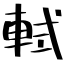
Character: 軾